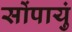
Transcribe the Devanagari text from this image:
सोंपायुं